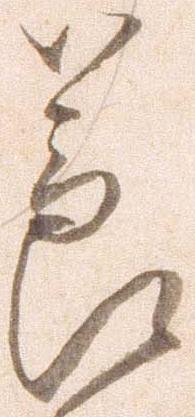
節